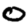
Digit: 0